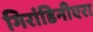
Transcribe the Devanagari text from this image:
गिरांडिनीएरा